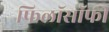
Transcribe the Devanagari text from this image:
फिलाॅसाॅफी